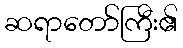
ဆရာတော်ကြီး၏